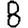
Digit: 8